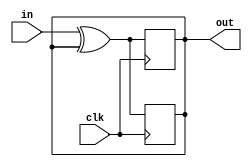
module top_module (
    input clk,
    input in, 
    output out);
    
    // 寫法一
    always @(posedge clk) begin
        out <= out ^ in;
    end

    //寫法二 (My implementation)
    wire w1;
    assign w1 = in ^ out;
    always @(posedge clk) begin
        out <= w1;
    end

endmodule